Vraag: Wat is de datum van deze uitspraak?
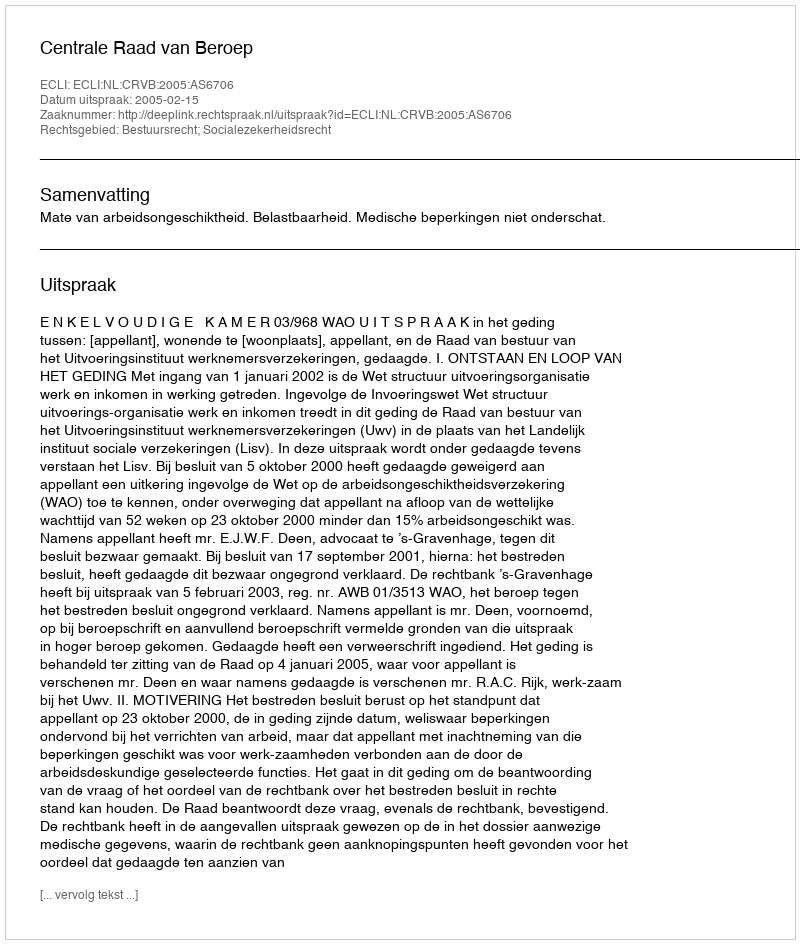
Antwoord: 2005-02-15